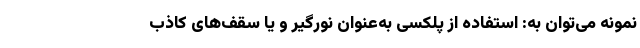
نمونه می‌توان به: استفاده از پلکسی به‌عنوان نورگیر و یا سقف‌های کاذب